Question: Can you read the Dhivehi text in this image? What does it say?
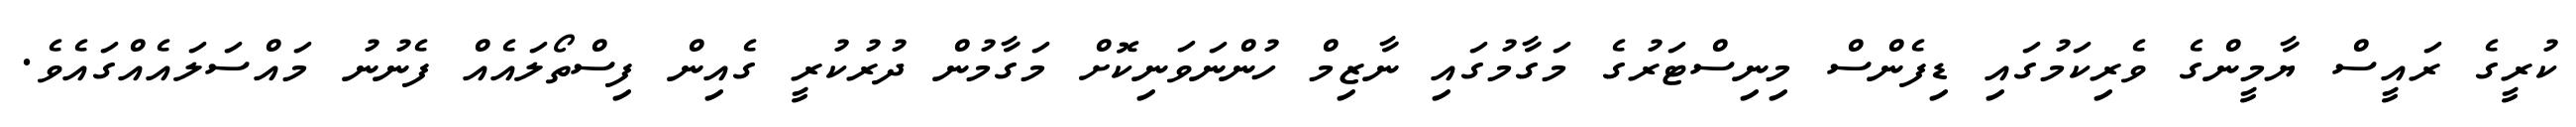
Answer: ކުރީގެ ރައީސް ޔާމީންގެ ވެރިކަމުގައި ޑިފެންސް މިނިސްޓަރުގެ މަގާމުގައި ނާޒިމް ހުންނަވަނިކޮށް މަގާމުން ދުރުކުރީ ގެއިން ފިސްތޯލައެއް ފެނުނު މައްސަލައެއްގައެވެ.